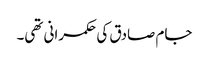
جام صادق کی حکمرانی تھی۔